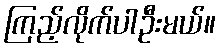
ကြည့်လိုက်ပါဦးမယ်။